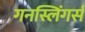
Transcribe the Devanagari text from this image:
गनस्लिंगर्स